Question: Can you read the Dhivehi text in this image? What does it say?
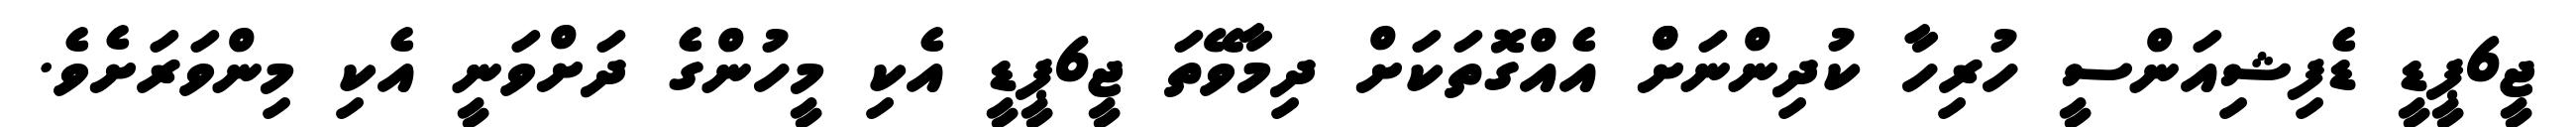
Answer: ޖީ6ޕީޑީ ޑެފިޝިއަންސީ ހުރިހާ ކުދިންނަށްް އެއްގޮތަކަށް ދިމާވޭތަ ޖީ6ޕީޑީ އެކި މީހުންގެ ދަށްވަނީ އެކި މިންވަރަށެވެ.